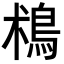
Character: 𩿯